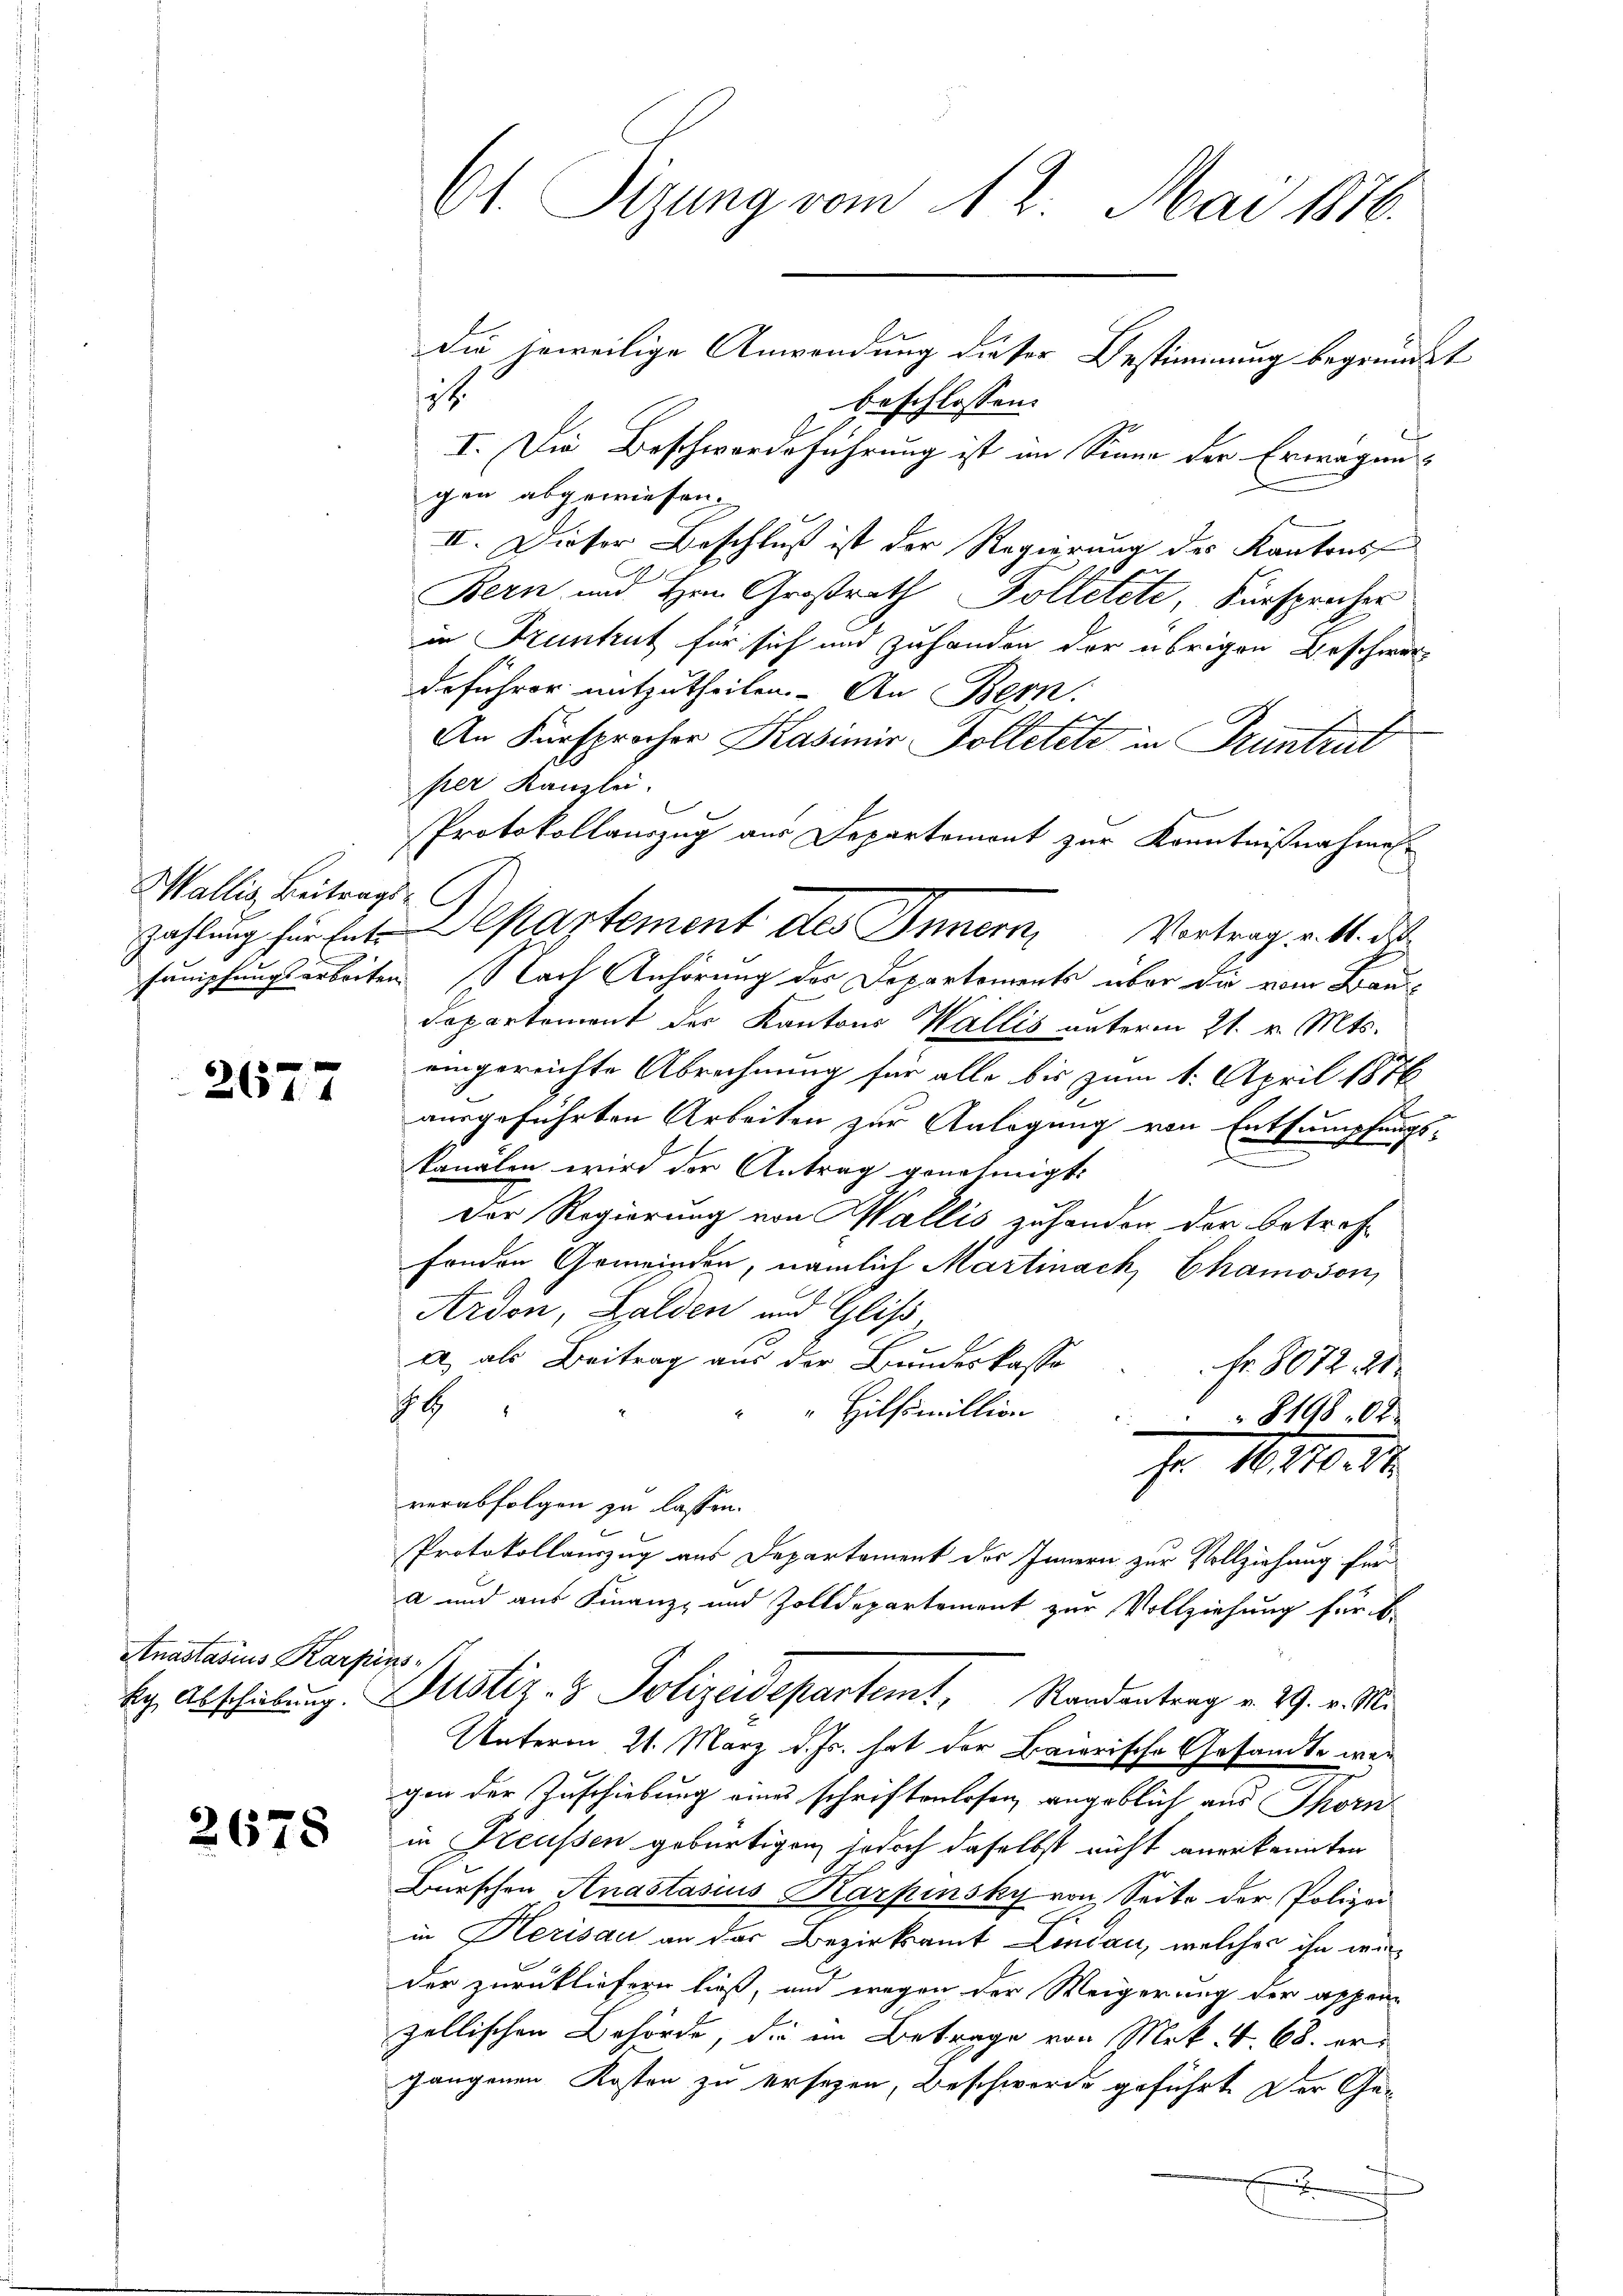
Wallis Beitrags-

2677

Anastasius Karpins-

2678

die jeweilige Anwendung dieser Bestimmung begründet
12
beschlossen:
I. Die Beschwerdeführung ist im Sinne der Erwägunggen abgewiesen
II. Dieser Beschluß ist der Regierung des Kantons
Bern und Hrn. Großrath Tolletete, Fürsprücher
in Fruntrut für sich und zuhanden der übrigen Beschwer
deführer mitzutheilen. - An Bern.

An Fürsprocher Kasimir Bolterete in Pruntrut
per Kanzlei.
Protokollauszug aus Departemont zur Kenntnißnahme
zahlung für Ent. Departement des Innern, Vortrag v. M. d
sämpfungsarbeiten. Nach Anhörung des Departements über die vom Bau¬
Departement der Kantons Wallis unterm 21. v. Mts.
eingereichte Abrechnung für alle bis zum 1. April 1876
ausgeführten Arbeiten zur Anlegung von Entsumpfungs-
e
kanalen wird der Antrag genehmigt:
Der Regierung von Wallis zuhanden, der betreffonden Gemeinden, nämlich Martinach, Chamosen,
Ardon, Balden und Gliss
a als Beitrag aus der Bundeskasso
Fr. 8072. 21
H
" Hilfsmillion
8198. 62.
Fr. 16270. 27
verabfolgen zu lassen.
Protokollauszug aus Departement des Innern zur Vollziehung für
a und aus Finanz- und Zolldepartement zur Vollziehung für b
kg. Abschiebung. Justiz- & Polizeidepartemt, Randentrag v. 29. v. M.
Unterm 21. März d. Js. hat der Baierische Gesandte wer
gen der Zuschiebung eines schriftenlosen, angeblich aus Thorn
in Freussen gebürtigen, jedoch daselbst nicht anerkannten
Burschen Anastasius Karpinsky von Seite der Polizei
in Herisau an das Bezirksamt Lindau, welches ihn werder zurückliefern ließ, und wegen der Weigerung der appen
zellischen Behörde, die im Betrage von Mek. v. 68. er
gangenen Kosten zu ersezen, Beschwerde geführt. Der Gex

Ch. Sitzung vom 12. Mai 1876.